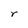
Character: r